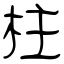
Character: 柱